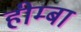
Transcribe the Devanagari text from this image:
हीम्बा